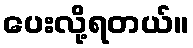
ပေးလို့ရတယ်။